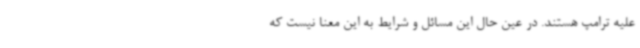
علیه ترامپ هستند. در عین حال این مسائل و شرایط به این معنا نیست که